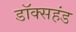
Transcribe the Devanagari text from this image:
डॉक्सहंड